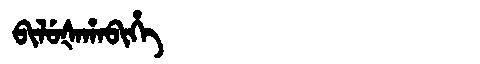
Manchu: ᠪᡳᠯᡠᡧᠠᡥᠠᠪᡳᡥᡝ
Romanization: BILUŠAHABIHE